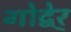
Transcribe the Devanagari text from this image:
गोद्बेर्